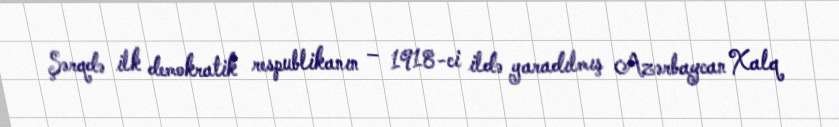
Şərqdə ilk demokratik respublikanın – 1918-ci ildə yaradılmış Azərbaycan Xalq